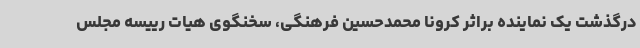
درگذشت یک نماینده براثر کرونا محمدحسین فرهنگی، سخنگوی هیات رییسه مجلس